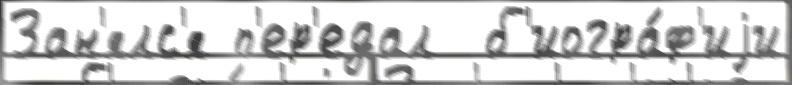
Зан'ялс'я п'ер'едал  б'иогра́ф'иjи